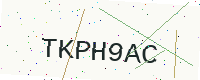
Text: TKPH9AC